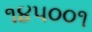
૧૪૫૦૦૧